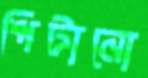
পিটানো